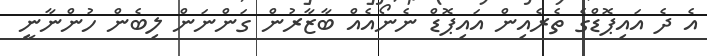
އެ ދެ އައިޕޮޑްގެ ތެރެއިން އައިޕޮޑް ނެނޯއެއް ބާޒާރުން ގަންނަން ލިބެން ހުންނާނީ